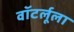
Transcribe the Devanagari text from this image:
वॉटर्लूला